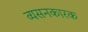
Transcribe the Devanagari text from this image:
व्यसनकारक